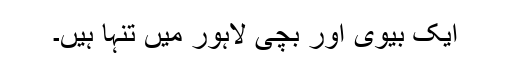
ایک بیوی اور بچی لاہور میں تنہا ہیں۔